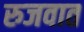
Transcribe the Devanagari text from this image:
रुजवात